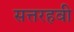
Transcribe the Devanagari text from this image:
सत्तरहवी